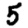
Digit: 5